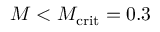
M < M _ { \mathrm { c r i t } } = 0 . 3